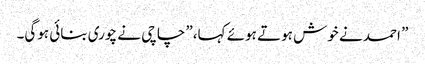
” احمد نے خوش ہوتے ہوئے کہا،” چاچی نے چوری بنائی ہوگی۔